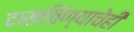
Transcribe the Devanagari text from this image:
दाखविण्याचेही